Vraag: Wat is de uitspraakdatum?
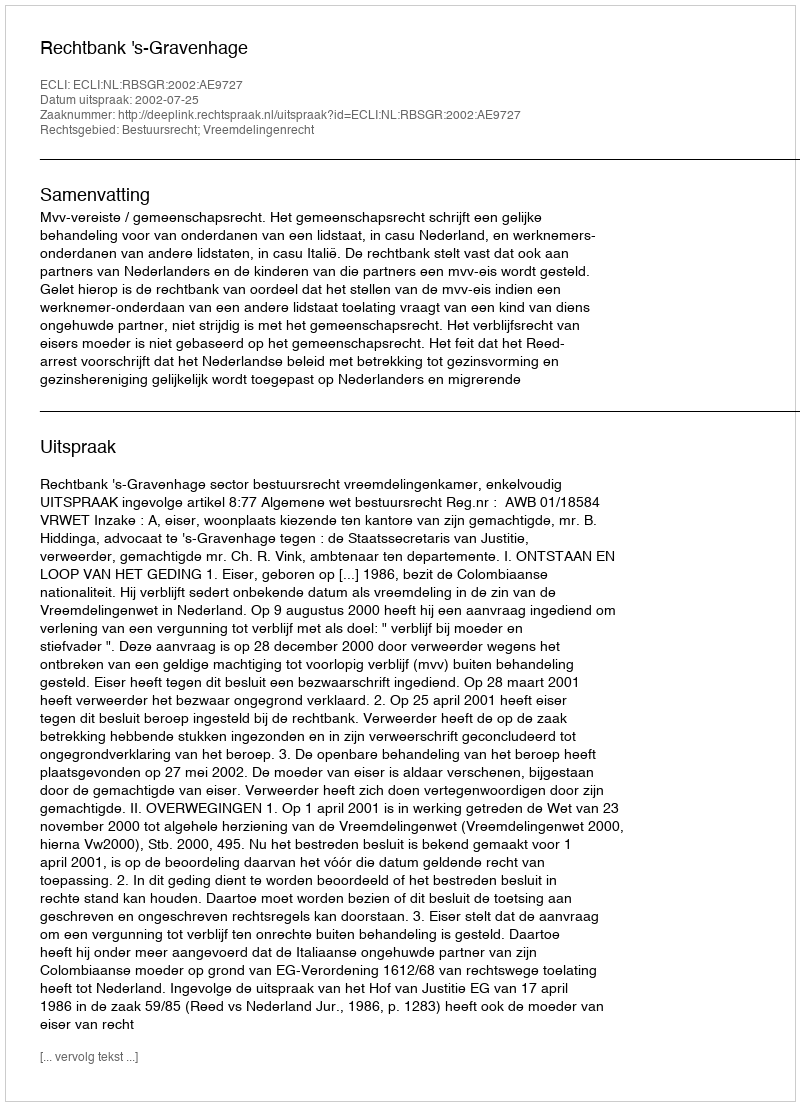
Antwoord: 2002-07-25